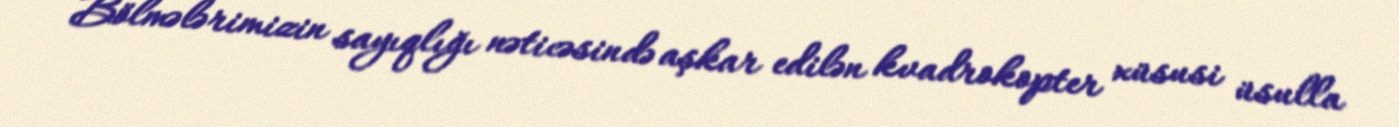
Bölmələrimizin sayıqlığı nəticəsində aşkar edilən kvadrokopter xüsusi üsulla